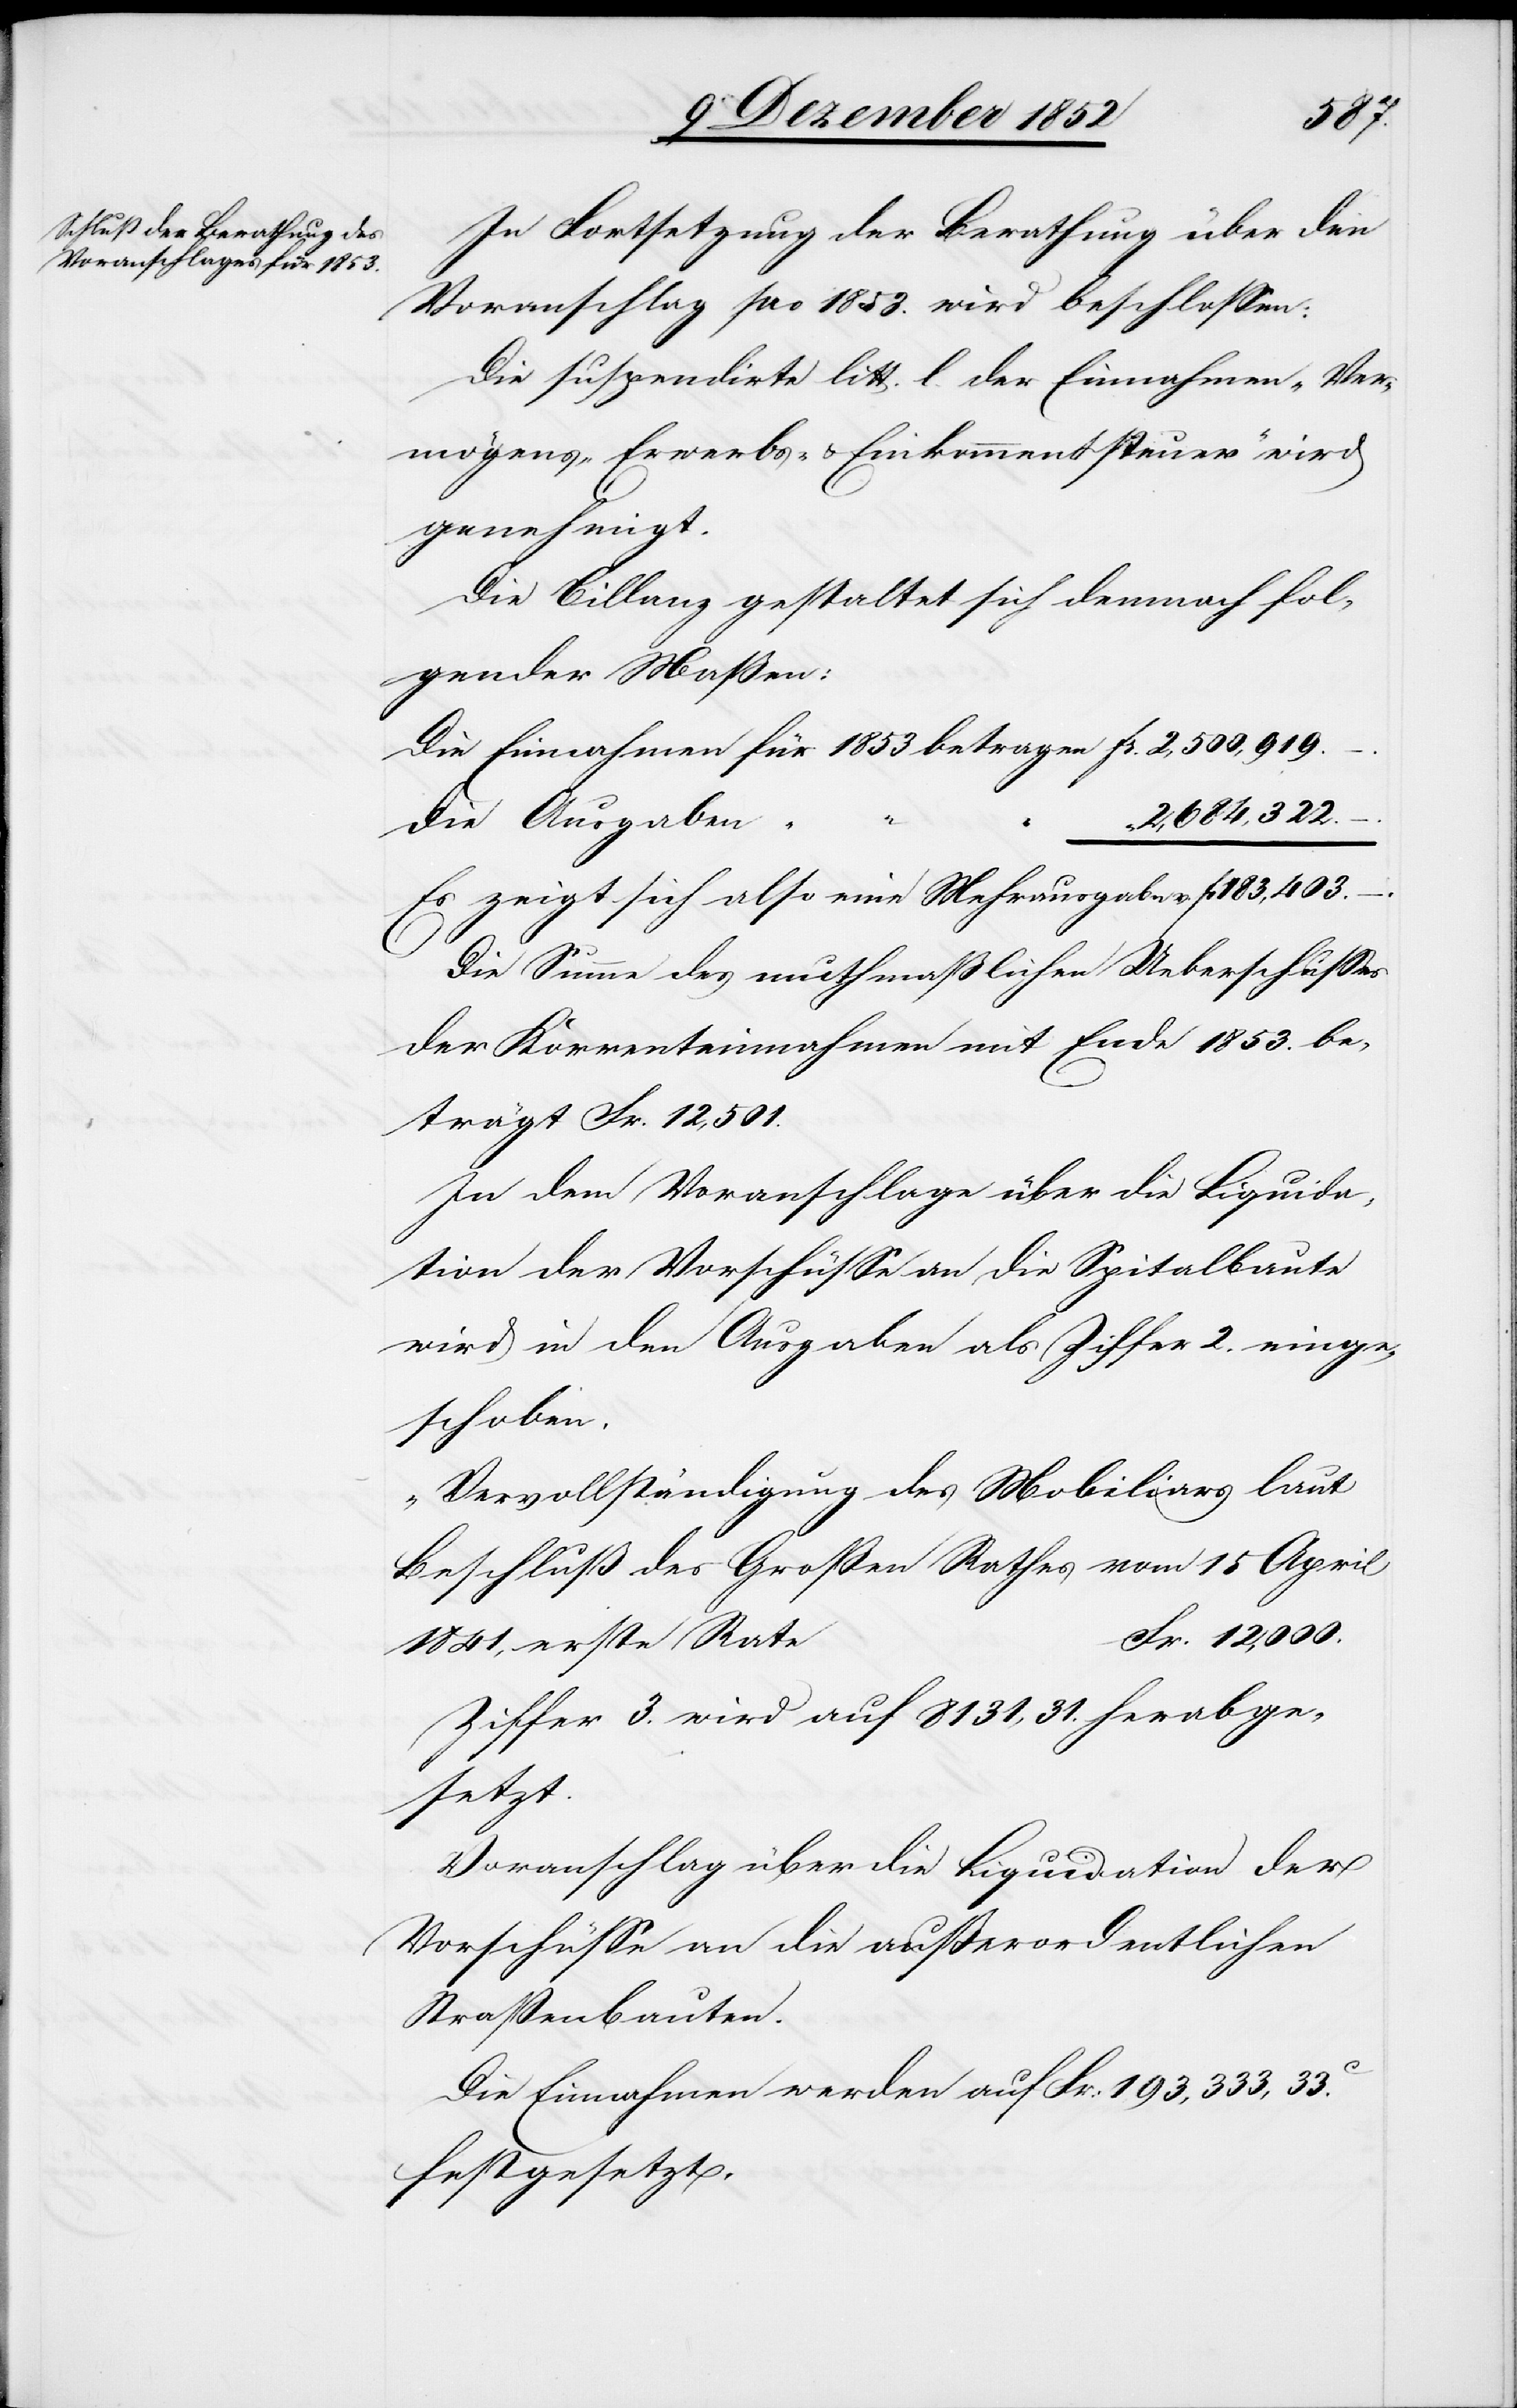
In Fortsetzung der Berathung über den
Voranschlag pro 1853. wird beschlossen:
Die suspendirte litt. l. der Einnahmen „Ver¬
mögens-[,] Erwerbs- & Einkommenssteuer“ wird
genehmigt.
Die Billanz gestaltet sich demnach fol¬
gender Maßen:
2,684,322.
–.
Die Ausgaben
“
Einnahmen
Es zeigt sich also eine Mehrausgabe v.
Die Summe des muthmaßlichen Ueberschusses
der Korrenteinnahmen mit Ende 1853. be¬
trägt Fr. 12,501.
In dem Voranschlage über die Liquida¬
tion der Vorschüsse an die Spitalbaute
wird in den Ausgaben als Ziffer 2. einge¬
schoben.
„Vervollständigung des Mobiliars laut
…
Beschluß des Großen Rathes vom 15 April
Fr. 12,000.[“]
1841, erste Rate
Ziffer 3. wird auf 8131,31. herabge¬
setzt.
Voranschlag über die Liquidation der
Vorschüsse an die außerordentlichen
Straßenbauten.
Die Einnahmen werden auf Fr: 193,333, 33.C
festgesetzt.